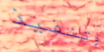
وتنفيذ